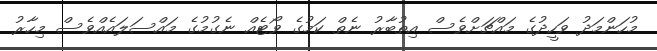
މުހަންމަދު ވަހީދުގެ މައްޗަށްވެސް އިތުބާރު ނެތް ކަމުގެ ވޯޓެއް ނެގުމުގެ މައްސަލައެއްވެސް މިހާރު